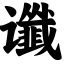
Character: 谶